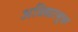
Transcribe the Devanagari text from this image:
अविद्यायुक्त